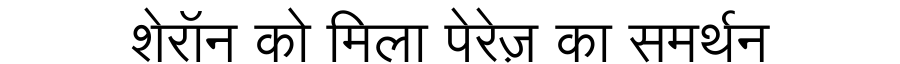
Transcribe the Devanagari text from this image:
शेरॉन को मिला पेरेज़ का समर्थन